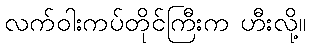
လက်ဝါးကပ်တိုင်ကြီးက ဟီးလို့။